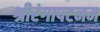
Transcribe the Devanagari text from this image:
श्रीरंगापटनम